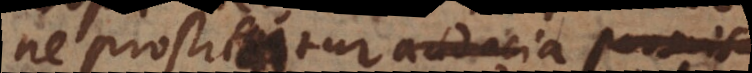
ne prostituatur audacia permis